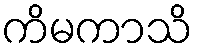
ကိမကာသိ